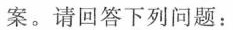
案。请回答下列问题：